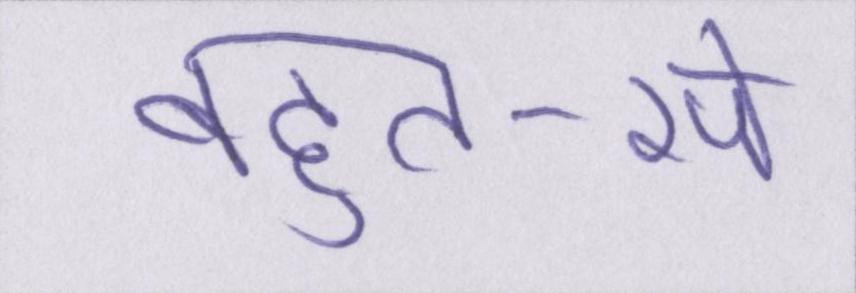
बहुत-से